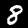
Label: 8